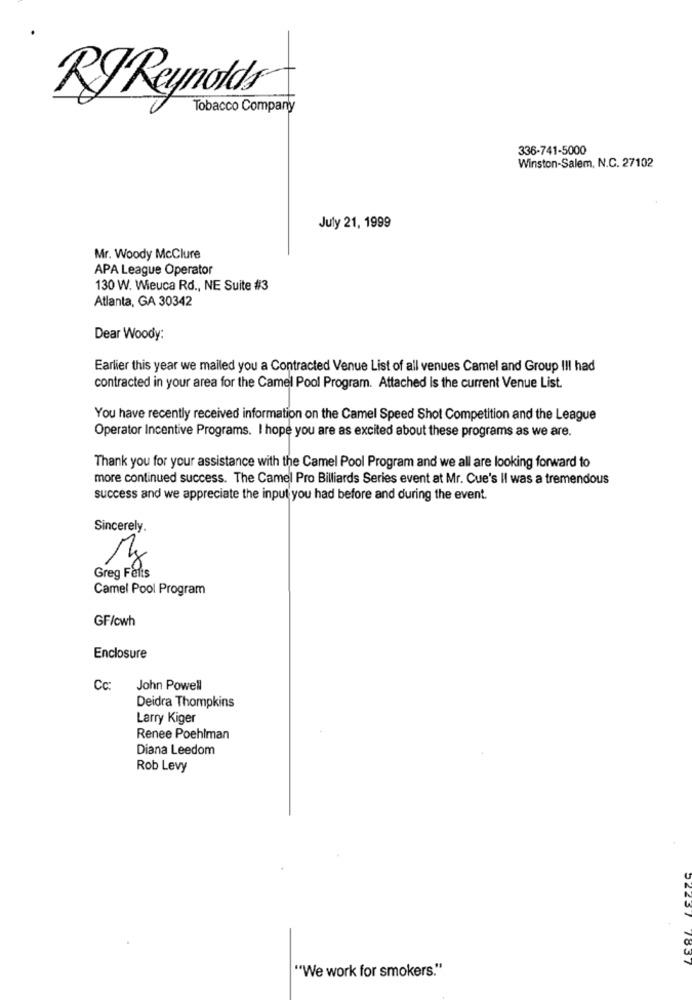
RJ Reynolds
Tobacco Company
336-741-5000
Winston-Salem, N.C. 27102
July 21, 1999
Mr. Woody McClure
APA League Operator
130 W. Wieuca Rd ., NE Suite #3
Atlanta, GA 30342
Dear Woody:
Earlier this year we mailed you a Contracted Venue List of all venues Camel and Group III had
contracted in your area for the Camel Pool Program. Attached Is the current Venue List.
You have recently received information on the Camel Speed Shot Competition and the League
Operator Incentive Programs. I hope you are as excited about these programs as we are.
Thank you for your assistance with the Camel Pool Program and we all are looking forward to
more continued success. The Camel Pro Billiards Series event at Mr. Cue's II was a tremendous
success and we appreciate the input you had before and during the event.
Sincerely.
Greg Felts
Camel Pool Program
GF/cwh
Enclosure
Cc: John Powell
Deidra Thompkins
Larry Kiger
Renee Poehlman
Diana Leedom
Rob Levy
"We work for smokers."